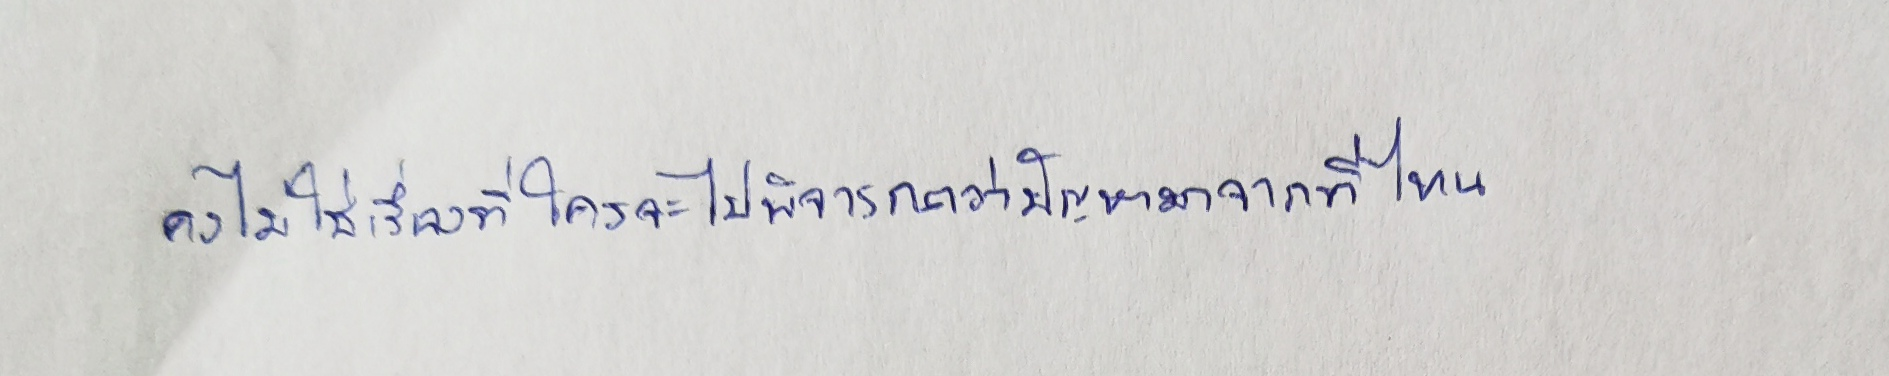
คงไม่ใช่เรื่องที่ใครจะไปพิจารณาว่าปัญหามาจากที่ไหน